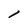
Character: l